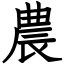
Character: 農